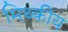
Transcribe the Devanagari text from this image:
मिथ्कीय